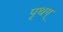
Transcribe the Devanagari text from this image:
पृथग्